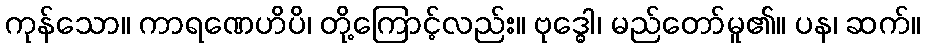
ကုန်သော။ ကာရဏေဟိပိ၊ တို့ကြောင့်လည်း။ ဗုဒ္ဓေါ၊ မည်တော်မူ၏။ ပန၊ ဆက်။